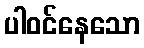
ပါဝင်နေသော